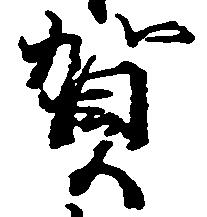
賀